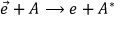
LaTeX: \vec { e } + A \longrightarrow e + A ^ { * }